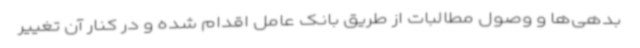
بدهی‌ها و وصول مطالبات از طریق بانک عامل اقدام شده و در کنار آن تغییر